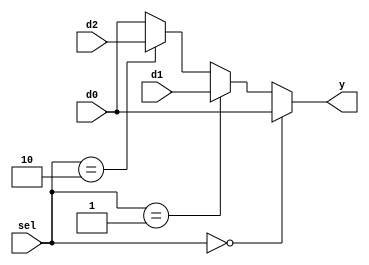
`timescale 1ns/1ps
module mux3 #(parameter WIDTH = 32)(
    input wire [WIDTH-1:0] d0,d1,d2,
    input wire [1:0]sel,
    output wire [WIDTH-1:0] y
);
    assign y =  (sel == 2'b00) ? d0:
                (sel == 2'b01) ? d1:
                (sel == 2'b10) ? d2:
                d0;
endmodule